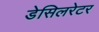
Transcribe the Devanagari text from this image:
डेसिलरेटर